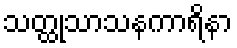
သတ္ထုသာသနကာရိနာ